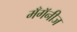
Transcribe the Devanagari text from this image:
मँगॅनीज